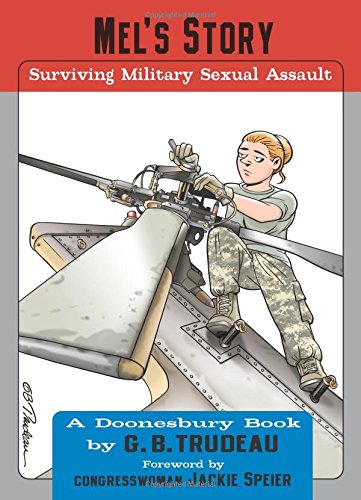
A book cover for Mel's Story: Surviving Military Sexual Assault; G. B. Trudeau; Humor & Entertainment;